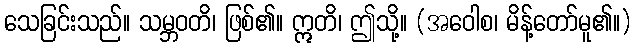
သေခြင်းသည်။ သမ္ဘဝတိ၊ ဖြစ်၏။ ဣတိ၊ ဤသို့။ (အဝေါစ၊ မိန့်တော်မူ၏။)